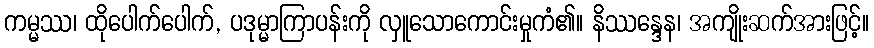
ကမ္မဿ၊ ထိုပေါက်ပေါက်, ပဒုမ္မာကြာပန်းကို လှူသောကောင်းမှုကံ၏။ နိဿန္ဒေန၊ အကျိုးဆက်အားဖြင့်။